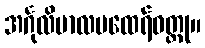
အင်္ဂုလိမာလမထေရ်ဝတ္ထု။